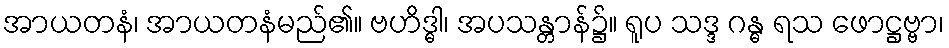
အာယတနံ၊ အာယတနံမည်၏။ ဗဟိဒ္ဓါ၊ အပသန္တာန်၌။ ရူပ သဒ္ဒ ဂန္ဓ ရသ ဖောဋ္ဌဗ္ဗာ၊